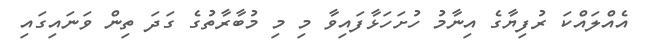
އެއްލައްކަ ރުފިޔާގެ އިނާމު ހުށަހަޅާފައިވާ މި މި މުބާރާތުގެ ގަދަ ތިން ވަނައިގައި